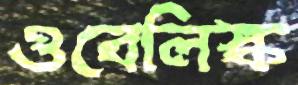
ওবেলিস্ক